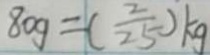
8 0 g = ( \frac { 2 } { 2 5 } ) k g